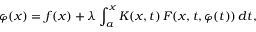
\varphi ( x ) = f ( x ) + \lambda \int _ { a } ^ { x } K ( x , t ) \, F ( x , t , \varphi ( t ) ) \, d t ,